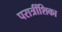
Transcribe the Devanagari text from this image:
परात्रींशिका